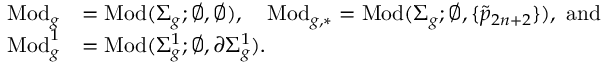
\begin{array} { r l } { \mathrm { M o d } _ { g } } & { = \mathrm { M o d } ( \Sigma _ { g } ; \emptyset , \emptyset ) , \quad \mathrm { M o d } _ { g , \ast } = \mathrm { M o d } ( \Sigma _ { g } ; \emptyset , \{ \widetilde { p } _ { 2 n + 2 } \} ) , \mathrm { ~ a n d } } \\ { \mathrm { M o d } _ { g } ^ { 1 } } & { = \mathrm { M o d } ( \Sigma _ { g } ^ { 1 } ; \emptyset , \partial \Sigma _ { g } ^ { 1 } ) . } \end{array}